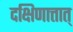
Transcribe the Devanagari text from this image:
दक्षिणात्तात्